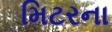
મિટરના